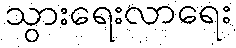
သွားရေးလာရေး